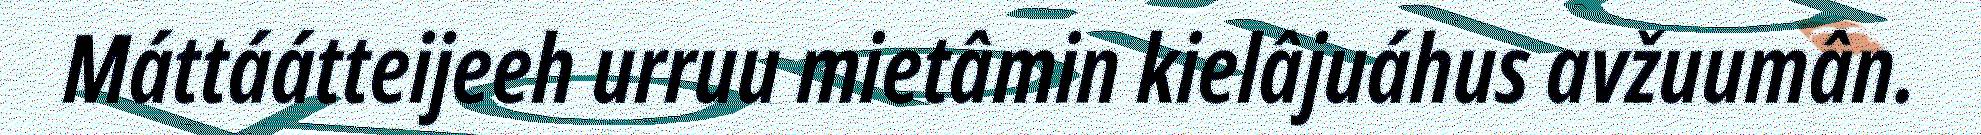
Máttáátteijeeh urruu mietâmin kielâjuáhus avžuumân.